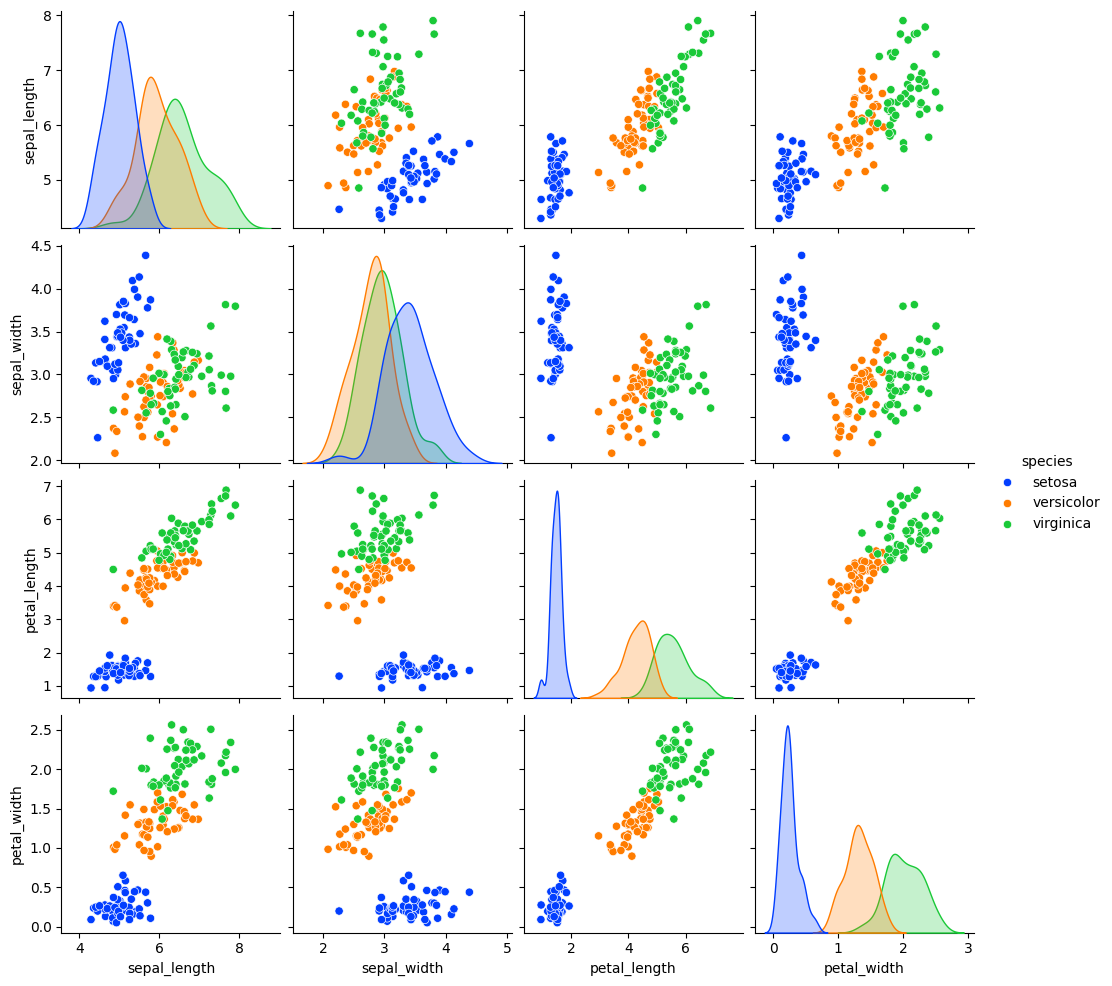
python, seaborn, pairplot, palette='bright', markers=['o'], kind='scatter', diag_kind='kde'